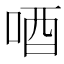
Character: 唒